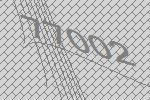
77002